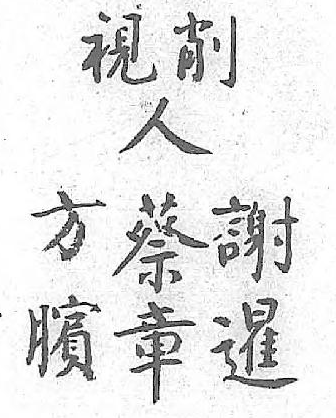
削人方蔡謝視 臏章暹